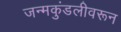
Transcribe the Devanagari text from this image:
जन्मकुंडलीवरून